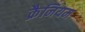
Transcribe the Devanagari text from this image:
क्रैनियम